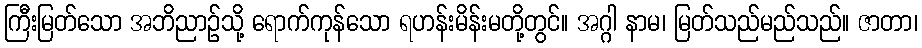
ကြီးမြတ်သော အဘိညာဉ်သို့ ရောက်ကုန်သော ရဟန်းမိန်းမတို့တွင်။ အဂ္ဂါ နာမ၊ မြတ်သည်မည်သည်။ ဇာတာ၊